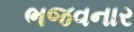
ભજવનાર